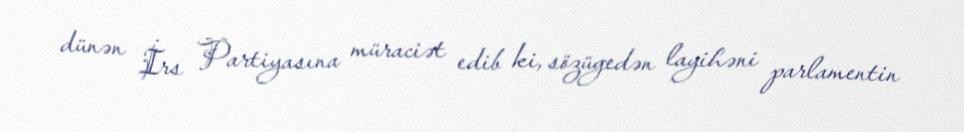
dünən İrs Partiyasına müraciət edib ki, sözügedən layihəni parlamentin